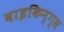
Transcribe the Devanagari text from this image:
वाइकिन्ग्स